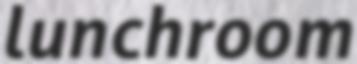
lunchroom